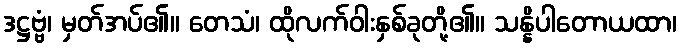
ဒဋ္ဌဗ္ဗံ၊ မှတ်အပ်၏။ တေသံ၊ ထိုလက်ဝါးနှစ်ခုတို့၏။ သန္နိပါတောယထာ၊